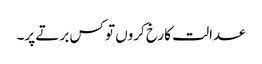
عدالت کا رخ کروں تو کس برتے پر۔